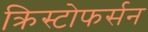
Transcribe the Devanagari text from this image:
क्रिस्टोफर्सन